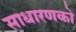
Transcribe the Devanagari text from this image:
साधारणको